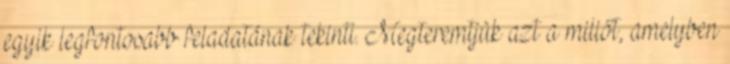
egyik legfontosabb feladatának tekinti. Megteremtjük azt a miliőt, amelyben